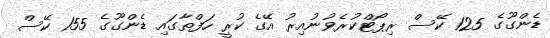
ޑެންގޫގެ 125 ކޭސް ރިޕޯޓްކުރެވުނުއިރު އޭގެ ކުރީ ހަފްތާގައި ޑެންގޫގެ 155 ކޭސް